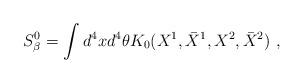
LaTeX: \begin{align*}S^0_{\beta}=\int d^4xd^4\theta K_0(X^1,\bar{X}^1,X^2,\bar{X}^2) \ ,\end{align*}